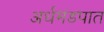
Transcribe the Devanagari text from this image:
अर्धमंडपात